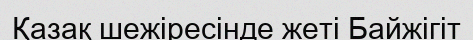
Қазақ шежіресінде жеті Байжігіт